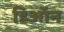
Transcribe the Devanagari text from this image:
डिऑन